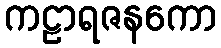
ကဠာရဇနကော